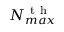
N _ { m a x } ^ { \mathrm { ~ t ~ h ~ } }